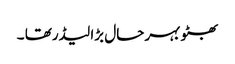
بھٹو بہرحال بڑا لیڈرتھا ۔